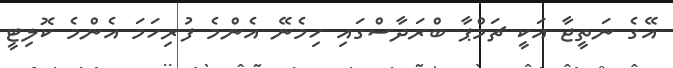
އޭގެ ނަތީޖާ އަކީ ޗަމްޕާ ބްރަދާސްގައި ހިމެނޭ އެންމެ ފުރިހަމަ އެންމެ ކޮލިޓީ